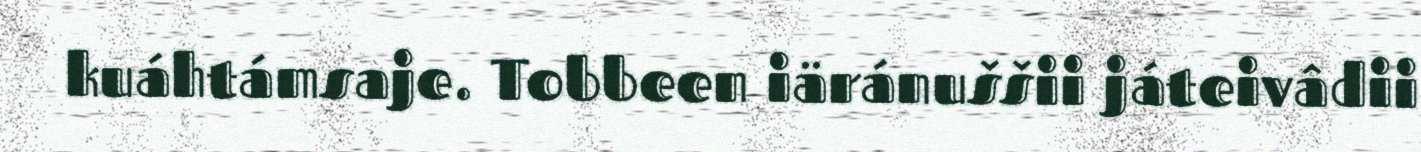
kuáhtámsaje. Tobbeen iäránuššii játeivâdii